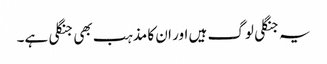
یہ جنگلی لوگ ہیں اور ان کا مذہب بھی جنگلی ہے۔